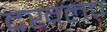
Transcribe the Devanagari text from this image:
दखलच